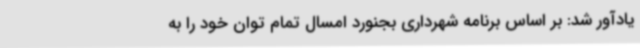
یادآور شد: بر اساس برنامه شهرداری بجنورد امسال تمام توان خود را به